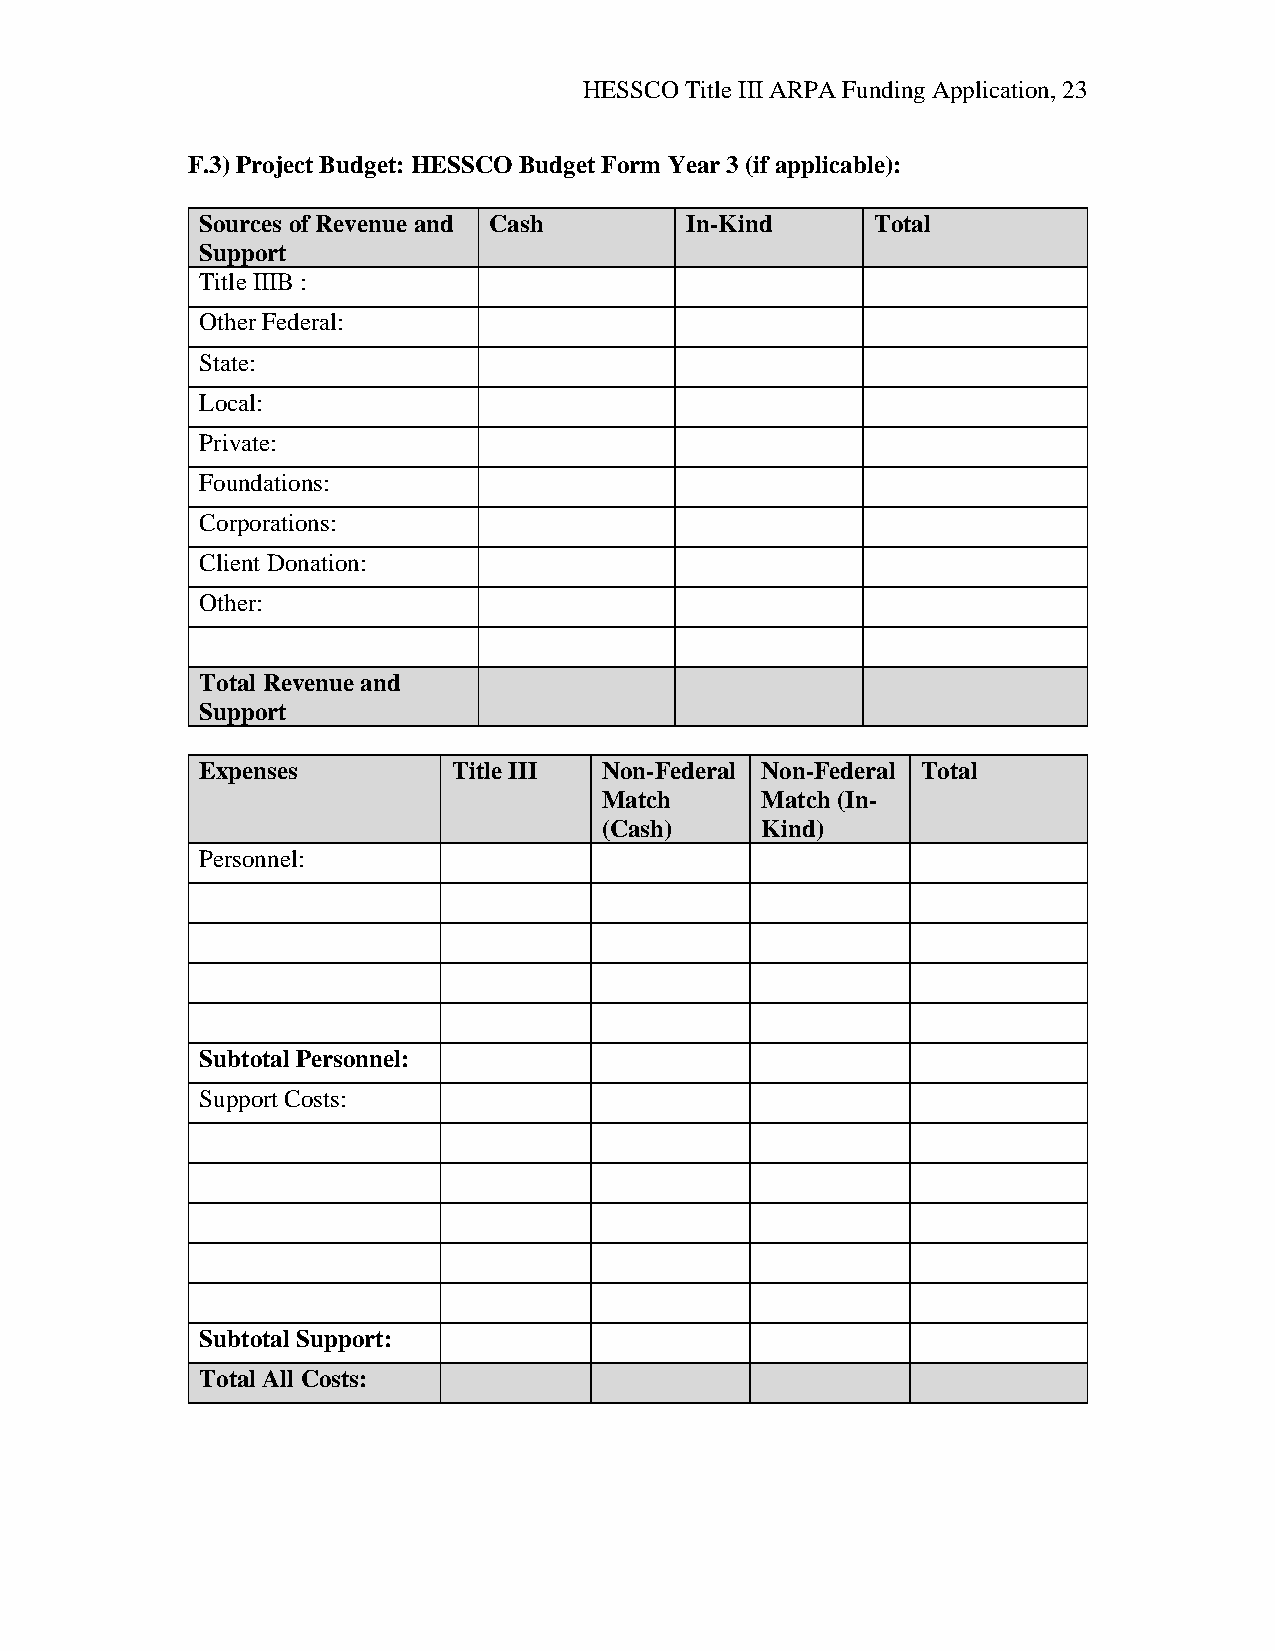
HESSCO Title III ARPA Funding Application, 23
 F.3) Project Budget: HESSCO Budget Form Year 3 (if applicable):
 Sources of Revenue and Cash     In-Kind      Total
 Support
 Title IIIB :
 Other Federal:
 State:
 Local:
 Private:
 Foundations:
 Corporations:
 Client Donation:
 Other:
 Total Revenue and
 Support
 Expenses         Title III Non-Federal Non-Federal Total
 Match     Match (In-
 (Cash)    Kind)
 Personnel:
 Subtotal Personnel:
 Support Costs:
 Subtotal Support:
 Total All Costs: